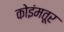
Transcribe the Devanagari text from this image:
कोइंमतूर